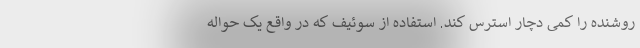
روشنده را کمی دچار استرس کند. استفاده از سوئیف که در واقع یک حواله